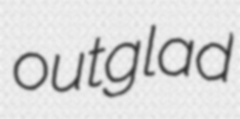
outglad